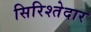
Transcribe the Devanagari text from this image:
सिरिश्तेदार